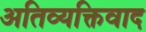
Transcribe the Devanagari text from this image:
अतिव्यक्तिवाद